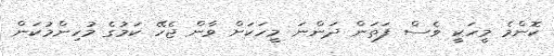
ކޮންމެ މީހަކީ ވެސް ފަތަން ދަންނަ މީހަކަށް ވާން ޖެހޭ ކަމުގެ މުހިންމުކަން